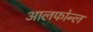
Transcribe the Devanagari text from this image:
आलफोन्ल